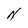
Character: N